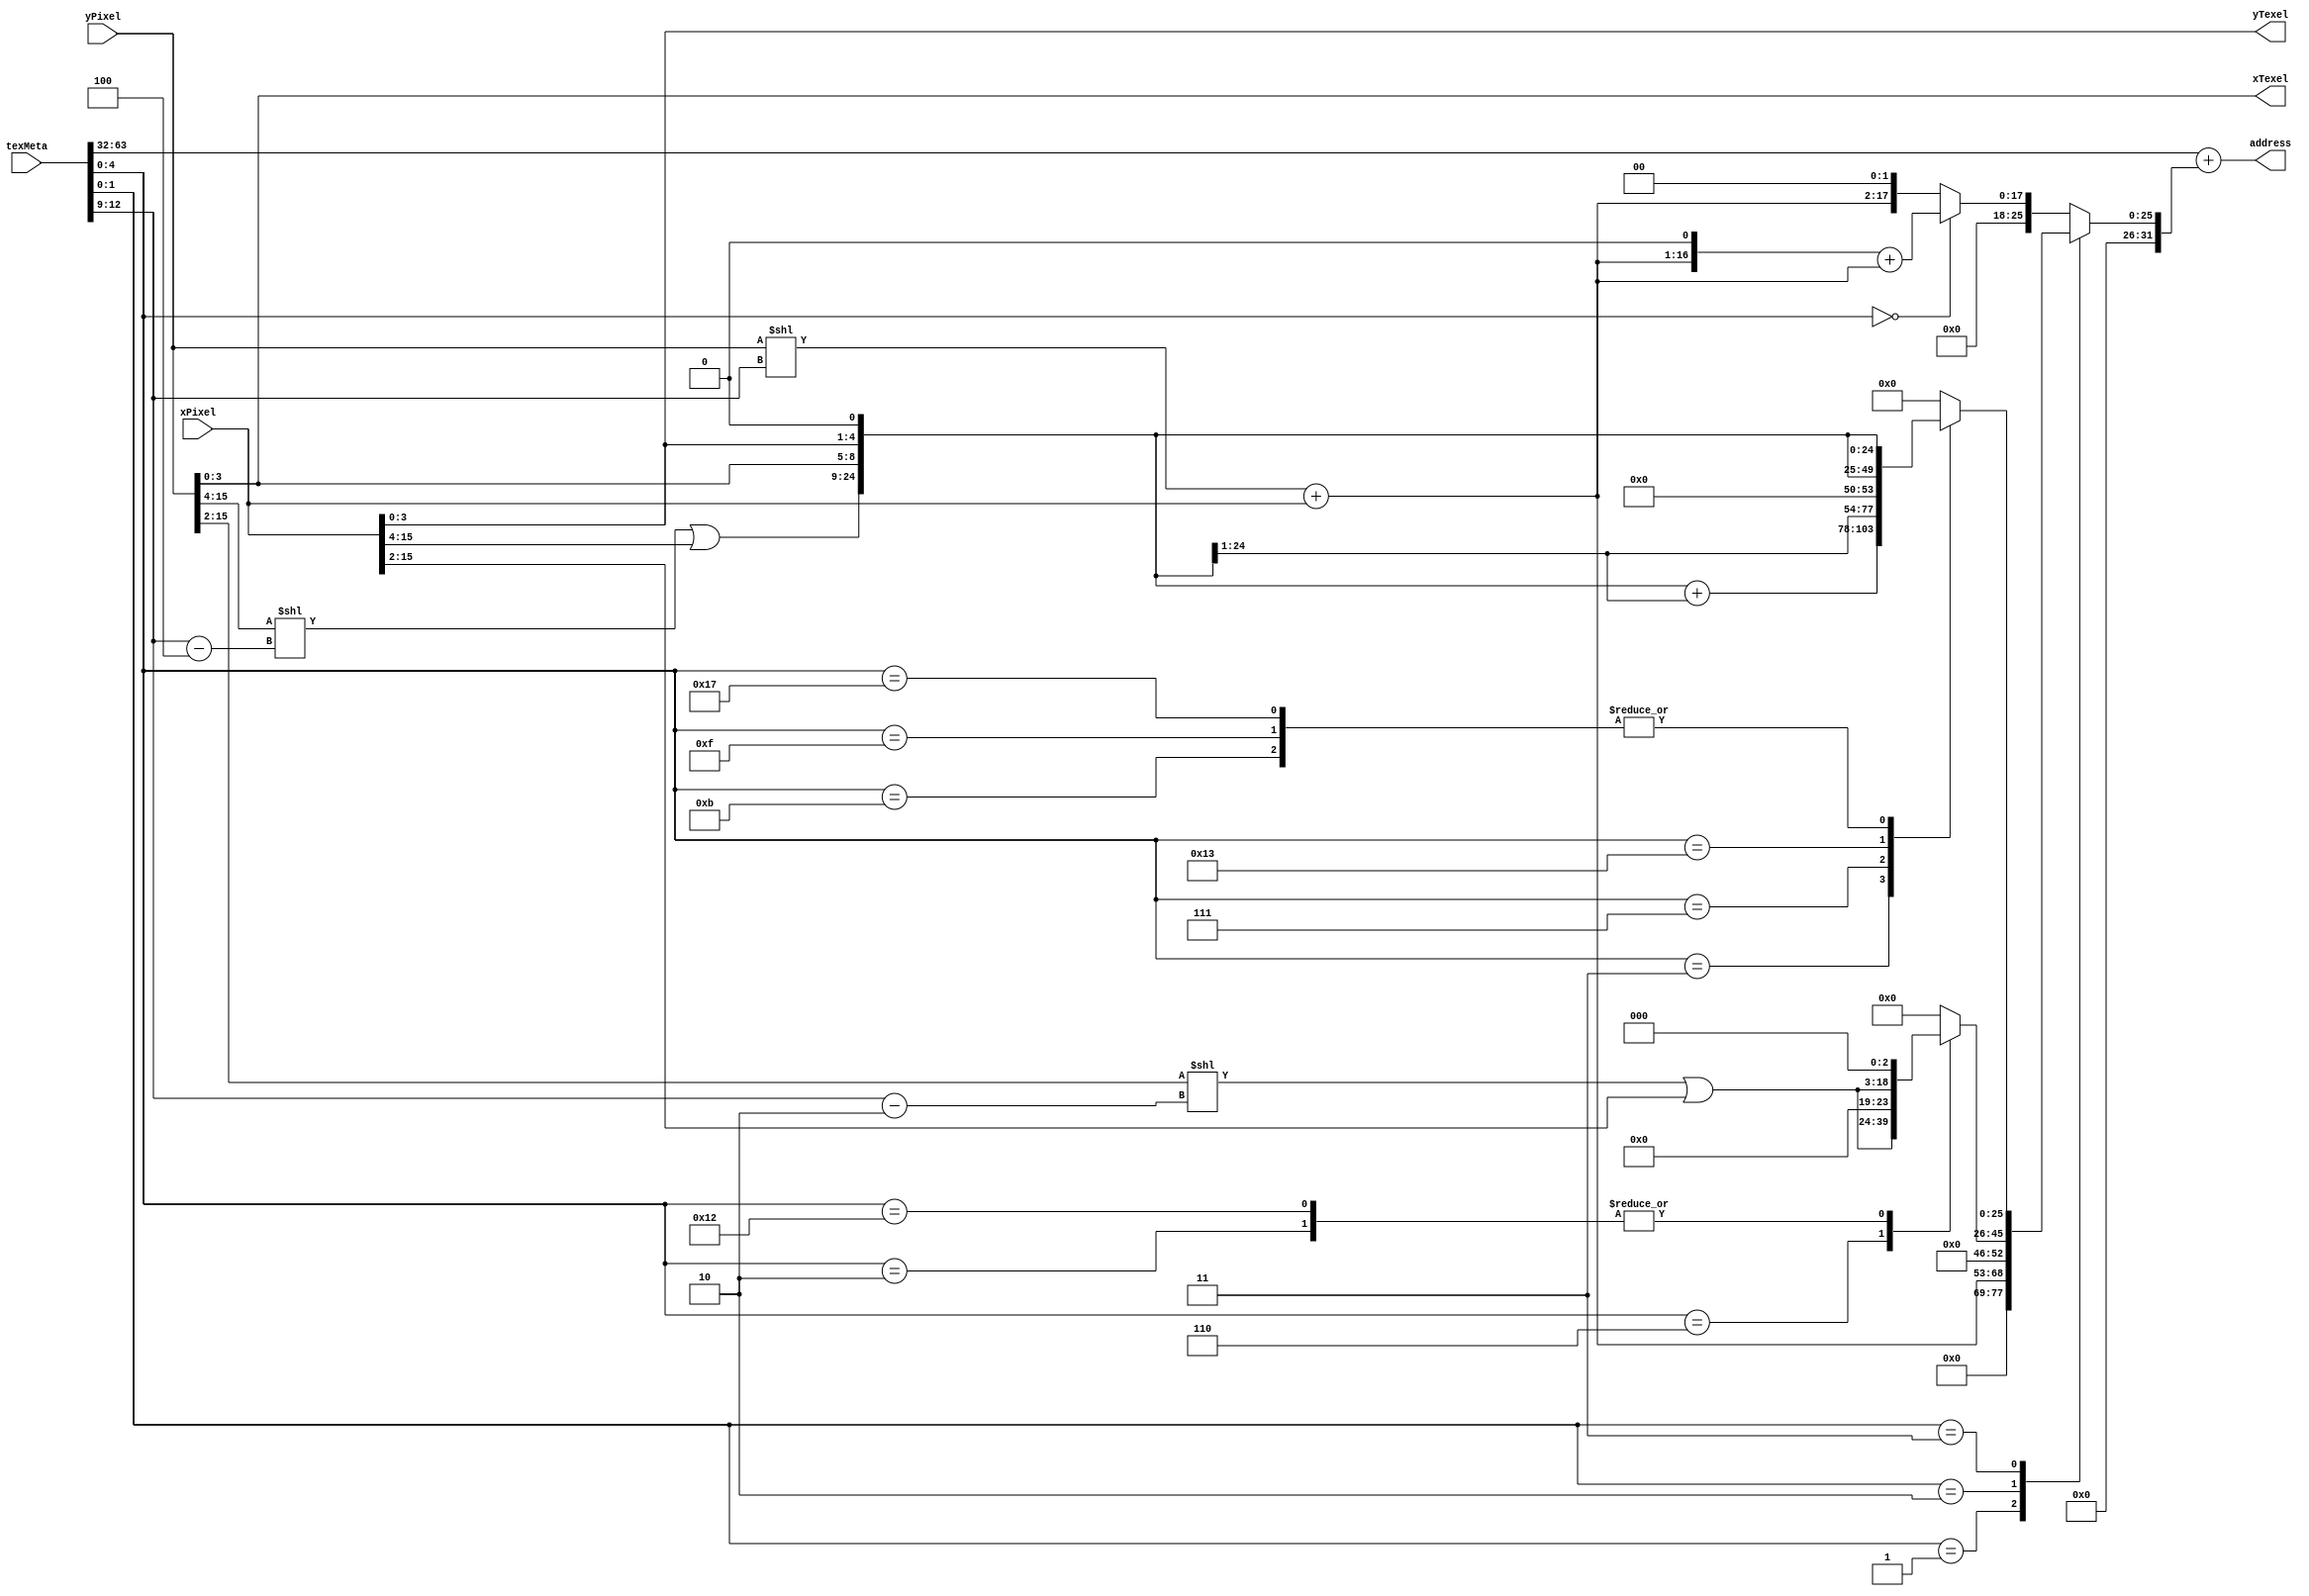
module anfFl_tex_addrGen
	(
		input [15:0] yPixel,
		input [15:0] xPixel,
		input [63:0] texMeta,

		output reg [31:0] address,
		output reg [3:0] yTexel,
		output reg [3:0] xTexel
	);

	localparam fmt_RGB_24 = 5'b000_00;
	localparam fmt_ARGB_32 = 5'b001_00;

	localparam fmt_RGB_16 = 5'b000_01;
	localparam fmt_ARGB_16 = 5'b001_01;
	localparam fmt_RGB_15 = 5'b010_01;
	localparam fmt_ARGB_15_PUNCHTHROUGH  = 5'b011_01;

	localparam fmt_RGB_ETC2 = 5'b000_10;
	localparam fmt_ARGB_ETC2 = 5'b001_10;
	localparam fmt_ARGB_ETC2_PUNCHTHROUGH = 5'b010_10;
	localparam fmt_R_EAC_UNSIGNED = 5'b100_10;
	localparam fmt_R_EAC_SIGNED = 5'b101_10;
	
	localparam fmt_RGB_24_TILED = 5'b000_11;
	localparam fmt_ARGB_32_TILED = 5'b001_11;
	localparam fmt_RGB_16_TILED = 5'b010_11;
	localparam fmt_ARGB_16_TILED = 5'b011_11;
	localparam fmt_R_8_TILED = 5'b100_11;
	localparam fmt_R_16_TILED = 5'b101_11;


	localparam fc_8BPC = 2'b00;
	localparam fc_16BITS = 2'b01;
	localparam fc_COMPRESSED = 2'b10;
	localparam fc_TILED = 2'b11;

	wire [4:0] format;
	wire [1:0] formatClass;
	wire [3:0] heightExp;
	wire [3:0] widthExp;
	wire [31:0] baseAddr;

	assign format = texMeta[4:0];
	assign formatClass = format[1:0];
	assign baseAddr = texMeta[63:32];
	assign heightExp = texMeta[8:5];
	assign widthExp = texMeta[12:9];

	// Bitmaps
	wire [15:0] yOffset;
	wire [15:0] offsetPixels;

	assign yOffset = yPixel << widthExp;
	assign offsetPixels = yOffset + xPixel;

	// Tiled Textures
	wire [3:0] tiled_widthExp;
	wire [11:0] tiled_yBlock;
	wire [11:0] tiled_xBlock;
	wire [15:0] tiled_yOffset;
	wire [15:0] tiled_offsetBlocks;

	assign tiled_widthExp = widthExp - 4'd4;
	assign tiled_yBlock = yPixel[15:4];
	assign tiled_xBlock = xPixel[15:4];
	assign tiled_yOffset = {4'b0, tiled_yBlock} << tiled_widthExp;
	assign tiled_offsetBlocks = tiled_yOffset | {4'b0, tiled_xBlock};

	wire [3:0] tiled_yLocalPixel;
	wire [3:0] tiled_xLocalPixel;
	wire [7:0] tiled_localOffsetPixels;
	wire [31:0] tiled_offsetPixels; 

	assign tiled_yLocalPixel = yPixel[3:0];
	assign tiled_xLocalPixel = xPixel[3:0];
	assign tiled_localOffsetPixels = {tiled_yLocalPixel, tiled_xLocalPixel};
	assign tiled_offsetPixels = {8'b0, tiled_offsetBlocks, tiled_localOffsetPixels};

	// Compressed Textures
	// Only base address needed.
	wire [3:0] comp_widthExp;
	wire [13:0] comp_yBlock;
	wire [13:0] comp_xBlock;
	wire [15:0] comp_yOffset;
	wire [15:0] comp_offsetBlocks;

	// All supported compressed formats use 4x4 blocks, either 8 bytes or 16 bytes per block.
	assign comp_widthExp = widthExp - 4'd2;
	assign comp_yBlock = yPixel[15:2];
	assign comp_xBlock = xPixel[15:2];
	assign comp_yOffset = {2'b0, comp_yBlock} << comp_widthExp;
	assign comp_offsetBlocks = comp_yOffset | {2'b0, comp_xBlock};

	reg[31:0] relAddr;
	
	always @(*) begin
		yTexel = xPixel[3:0];
		xTexel = yPixel[3:0];

		case(formatClass)
			fc_8BPC: begin
				if(format == fmt_RGB_24) relAddr = {15'b0, offsetPixels, 1'b0} + {16'b0, offsetPixels};
				else if(format == fmt_ARGB_32) relAddr = {14'b0, offsetPixels, 2'b0}; 
			end
			fc_16BITS: begin 
				relAddr = {15'b0, offsetPixels, 1'b0};
			end
			fc_COMPRESSED: begin
				case(format)
					fmt_RGB_ETC2: relAddr = {13'b0, comp_offsetBlocks, 3'b0};
					fmt_ARGB_ETC2: relAddr = {12'b0, comp_offsetBlocks, 4'b0};
					fmt_R_EAC_UNSIGNED: relAddr = {13'b0, comp_offsetBlocks, 3'b0};
					default: relAddr = 32'b0;
				endcase
			end
			fc_TILED: begin 
				case(format)
					fmt_RGB_24_TILED: relAddr = {tiled_offsetPixels[30:0], 1'b0} + tiled_offsetPixels;
					fmt_ARGB_32_TILED: relAddr = {tiled_offsetPixels[29:0], 2'b0};
					fmt_RGB_16_TILED: relAddr = {tiled_offsetPixels[30:0], 1'b0};
					fmt_ARGB_16_TILED: relAddr = {tiled_offsetPixels[30:0], 1'b0};
					fmt_R_8_TILED: relAddr = tiled_offsetPixels;
					fmt_R_16_TILED: relAddr = {tiled_offsetPixels[30:0], 1'b0};
					default: relAddr = 32'b0;
				endcase
			end
		endcase

		address = baseAddr + relAddr;
	end

endmodule